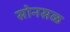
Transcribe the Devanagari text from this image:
सोनसळ